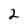
Character: 2